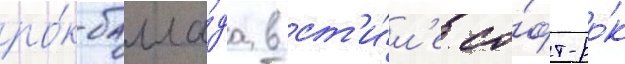
ро́к-балла́да в ст'и́л'е со́фт-ро́к